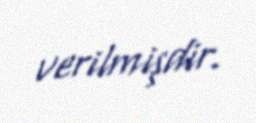
verilmişdir.